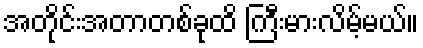
အတိုင်းအတာတစ်ခုထိ ကြီးမားလိမ့်မယ်။